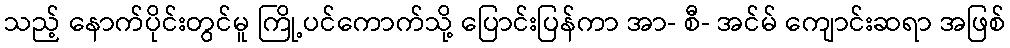
သည့် နောက်ပိုင်းတွင်မူ ကြို့ပင်ကောက်သို့ ပြောင်းပြန်ကာ အာ- စီ- အင်မ် ကျောင်းဆရာ အဖြစ်